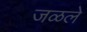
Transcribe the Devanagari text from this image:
जळले